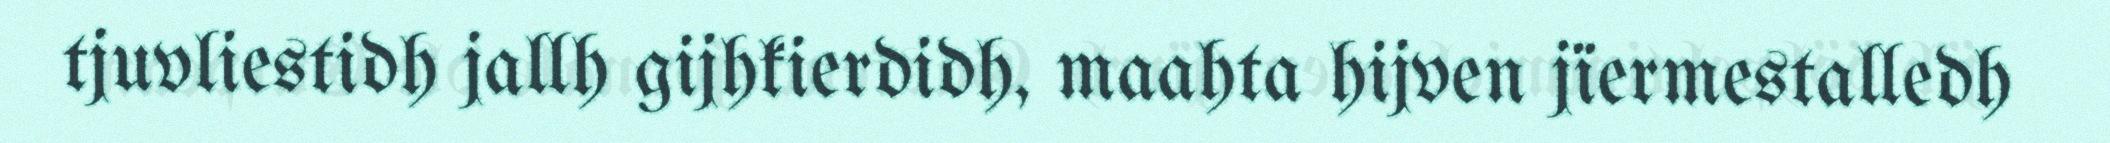
tjuvliestidh jallh gijhkierdidh, maahta hijven jïermestalledh